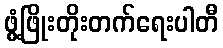
ဖွံ့ဖြိုးတိုးတက်ရေးပါတီ